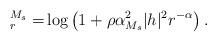
LaTeX: \begin{align*}^{M_s}_r =& \log\left(1+ \rho \alpha_{M_s}^2 |h |^2r^{-\alpha} \right).\end{align*}